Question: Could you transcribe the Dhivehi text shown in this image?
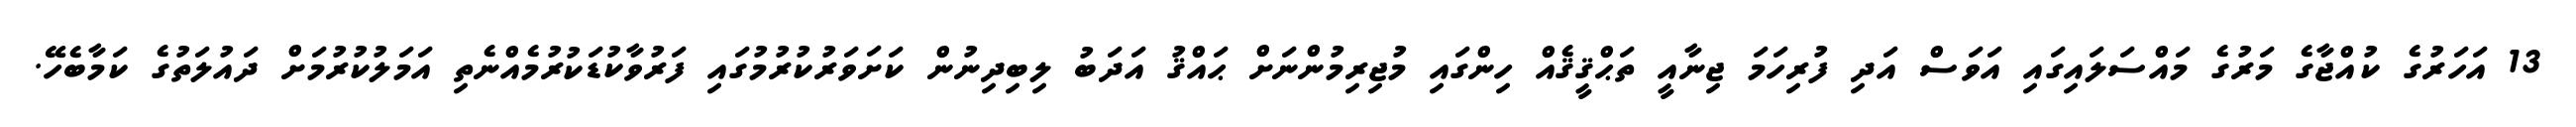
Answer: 13 އަހަރުގެ ކުއްޖާގެ މަރުގެ މައްސަލައިގައި އަވަސް އަދި ފުރިހަމަ ޖިނާއީ ތަޙްޤީޤެއް ހިންގައި މުޖިރިމުންނަށް ޙައްޤު އަދަބު ލިބިދިނުން ކަށަވަރުކުރުމުގައި ފަރުވާކުޑަކުރުމެއްނެތި އަމަލުކުރުމަށް ދައުލަތުގެ ކަމާބެހޭ.